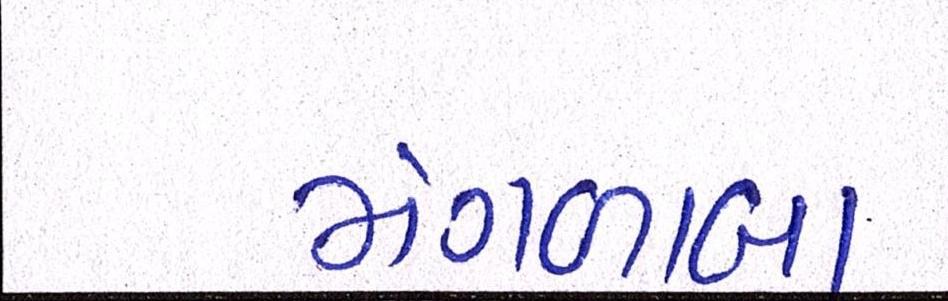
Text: મંગળાબા